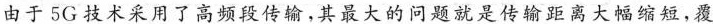
由于5G技术采用了高频段传输，其最大的问题就是传输距离大幅缩短，覆